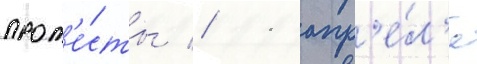
прот'е́сты // 11 апр'е́л'я